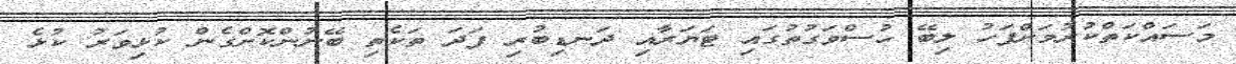
މަސައްކަތްކުރުމަށްފަހު ލިބޭ ހުސްވަގުތުގައި ޓަޔަރާއި ދަނޑިބުރި ފަދަ ތަކެތި ބޭނުންކޮށްގެން ކުޅިވަރު ކުޅެ